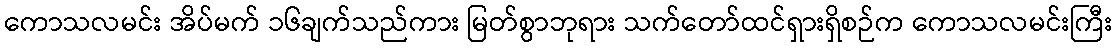
ကောသလမင်း အိပ်မက် ၁၆ချက်သည်ကား မြတ်စွာဘုရား သက်တော်ထင်ရှားရှိစဉ်က ကောသလမင်းကြီး